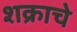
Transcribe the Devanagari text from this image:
शक्राचे